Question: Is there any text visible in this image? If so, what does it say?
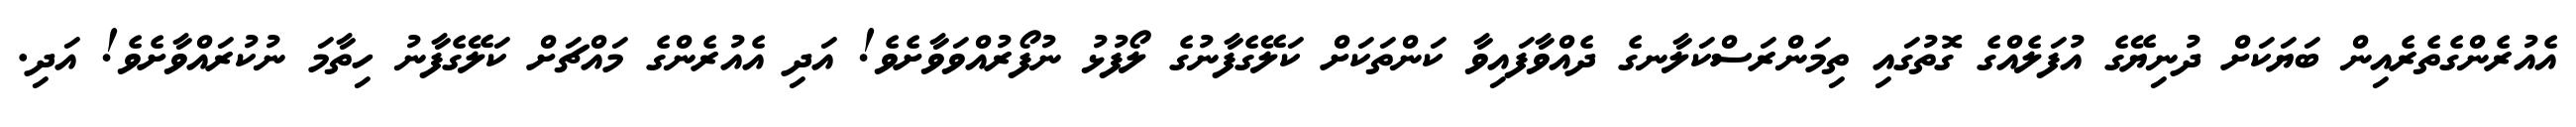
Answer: އެއުރެންގެތެރެއިން ބަޔަކަށް ދުނިޔޭގެ އުފަލެއްގެ ގޮތުގައި ތިމަންރަސްކަލާނގެ ދެއްވާފައިވާ ކަންތަކަށް ކަލޭގެފާނުގެ ލޯފުޅު ނުފޯރުއްވަވާށެވެ! އަދި އެއުރެންގެ މައްޗަށް ކަލޭގެފާނު ހިތާމަ ނުކުރައްވާށެވެ! އަދި.